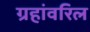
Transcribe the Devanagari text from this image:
ग्रहांवरिल